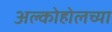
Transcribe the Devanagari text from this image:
अल्कोहोलच्या